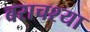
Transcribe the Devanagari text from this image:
बराचश्या